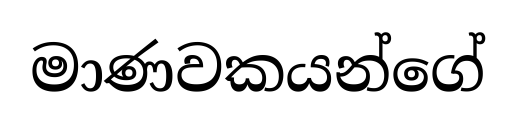
මාණවකයන්ගේ